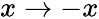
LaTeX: x\to-x